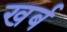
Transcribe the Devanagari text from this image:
खर्ब